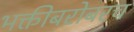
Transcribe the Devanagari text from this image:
भक्तीबरोबरच